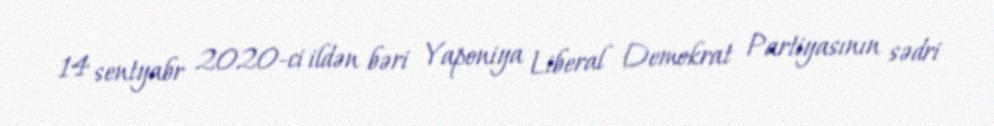
14 sentyabr 2020-ci ildən bəri Yaponiya Liberal Demokrat Partiyasının sədri